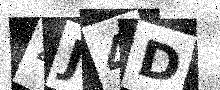
Text: 4J4D